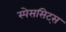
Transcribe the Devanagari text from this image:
स्पेससिट्स